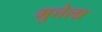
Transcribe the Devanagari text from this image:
मुत्तेला